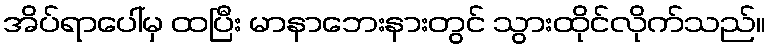
အိပ်ရာပေါ်မှ ထပြီး မာနာဘေးနားတွင် သွားထိုင်လိုက်သည်။